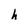
Character: h